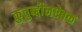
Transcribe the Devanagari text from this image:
कुतुब्द्दीनऐबक